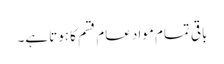
باقی تمام مواد عام قسم کا ہوتا ہے۔